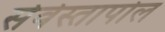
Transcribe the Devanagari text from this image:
सेवेस्तापोल